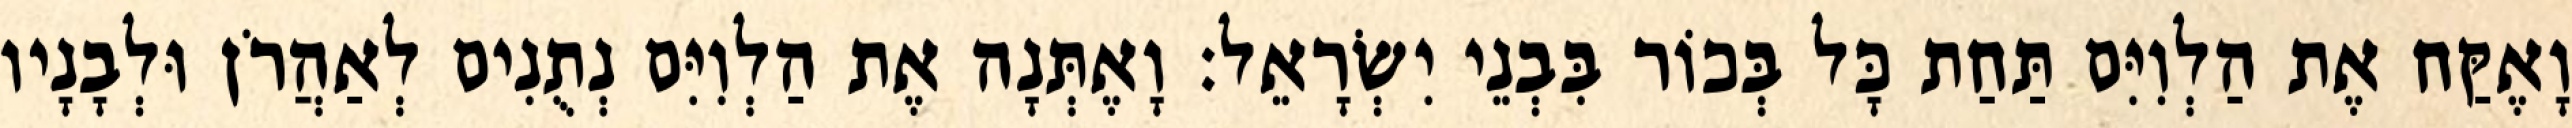
וָאֶקַּח אֶת הַלְוִיִּם תַּחַת כָּל בְּכוֹר בִּבְנֵי יִשְׂרָאֵל׃ וָאֶתְּנָה אֶת הַלְוִיִּם נְתֻנִים לְאַהֲרֹן וּלְבָנָיו